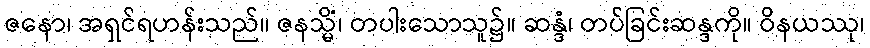
ဇနော၊ အရှင်ရဟန်းသည်။ ဇနသ္မိံ၊ တပါးသောသူ၌။ ဆန္ဒံ၊ တပ်ခြင်းဆန္ဒကို။ ဝိနယဿု၊